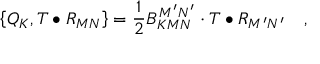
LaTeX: \left\{ Q _ { K } , T \bullet R _ { M N } \right\} = \frac 1 2 B _ { K M N } ^ { M ^ { \prime } N ^ { \prime } } \cdot T \bullet R _ { M ^ { \prime } N ^ { \prime } } \quad ,